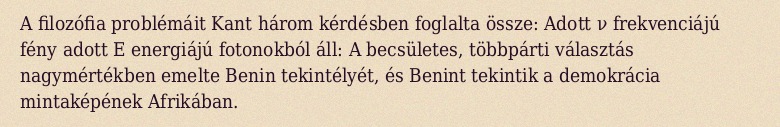
A filozófia problémáit Kant három kérdésben foglalta össze: Adott ν frekvenciájú fény adott E energiájú fotonokból áll: A becsületes, többpárti választás nagymértékben emelte Benin tekintélyét, és Benint tekintik a demokrácia mintaképének Afrikában.